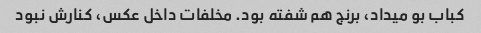
کباب بو میداد، برنج هم شفته بود. مخلفات داخل عکس، کنارش نبود